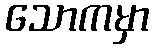
သောကမှာ